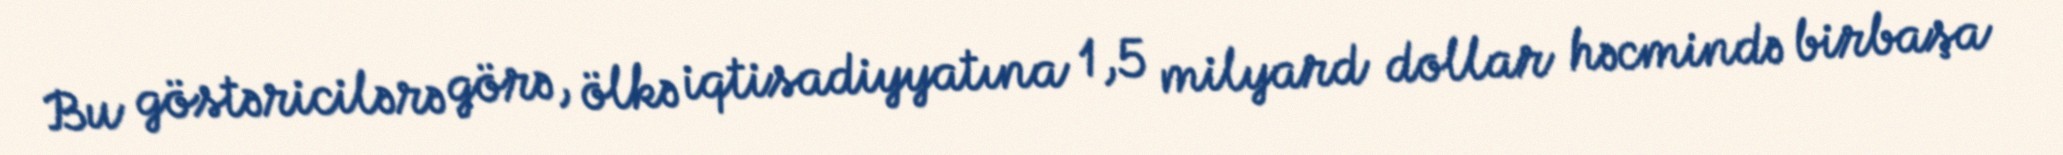
Bu göstəricilərə görə, ölkə iqtisadiyyatına 1,5 milyard dollar həcmində birbaşa